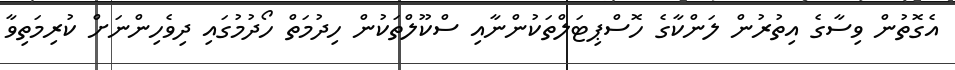
އެގޮތުން ވިސާގެ އިތުރުން ލަންކާގެ ހޮސްޕިޓަލްތަކުންނާއި ސްކޫލްތަކުން ހިދުމަތް ހޯދުމުގައި ދިވެހިންނަށް ކުރިމަތިވާ